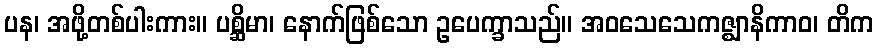
ပန၊ အဖို့တစ်ပါးကား။ ပစ္ဆိမာ၊ နောက်ဖြစ်သော ဥပေက္ခာသည်။ အဝသေသေကဇ္ဈာနိကာဝ၊ တိက